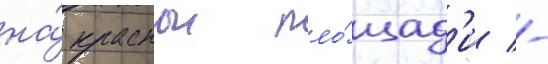
на́ краснои пло́щад'и -